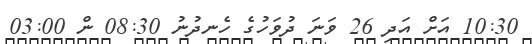
10:30 އަށް އަދި 26 ވަނަ ދުވަހުގެ ހެނދުނު 08:30 ން 03:00